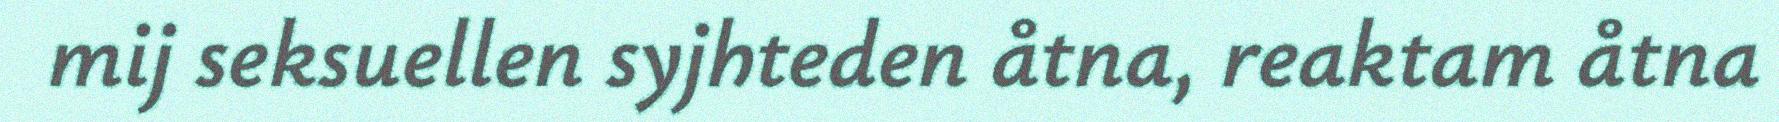
mij seksuellen syjhteden åtna, reaktam åtna